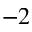
^ { - 2 }